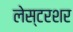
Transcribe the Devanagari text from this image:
लेस्टरशर